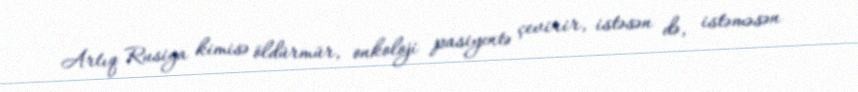
Artıq Rusiya kimisə öldürmür, onkoloji pasiyentə çevirir, istəsən də, istəməsən